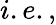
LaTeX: i.e.,